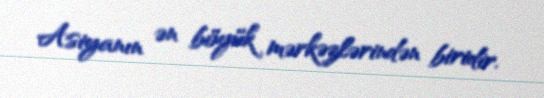
Asiyanın ən böyük mərkəzlərindən biridir.